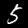
Digit: 5